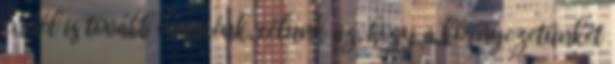
ennél is tovább mennénk, célunk az, hogy a környezetünket